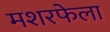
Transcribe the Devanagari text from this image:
मशरफेला